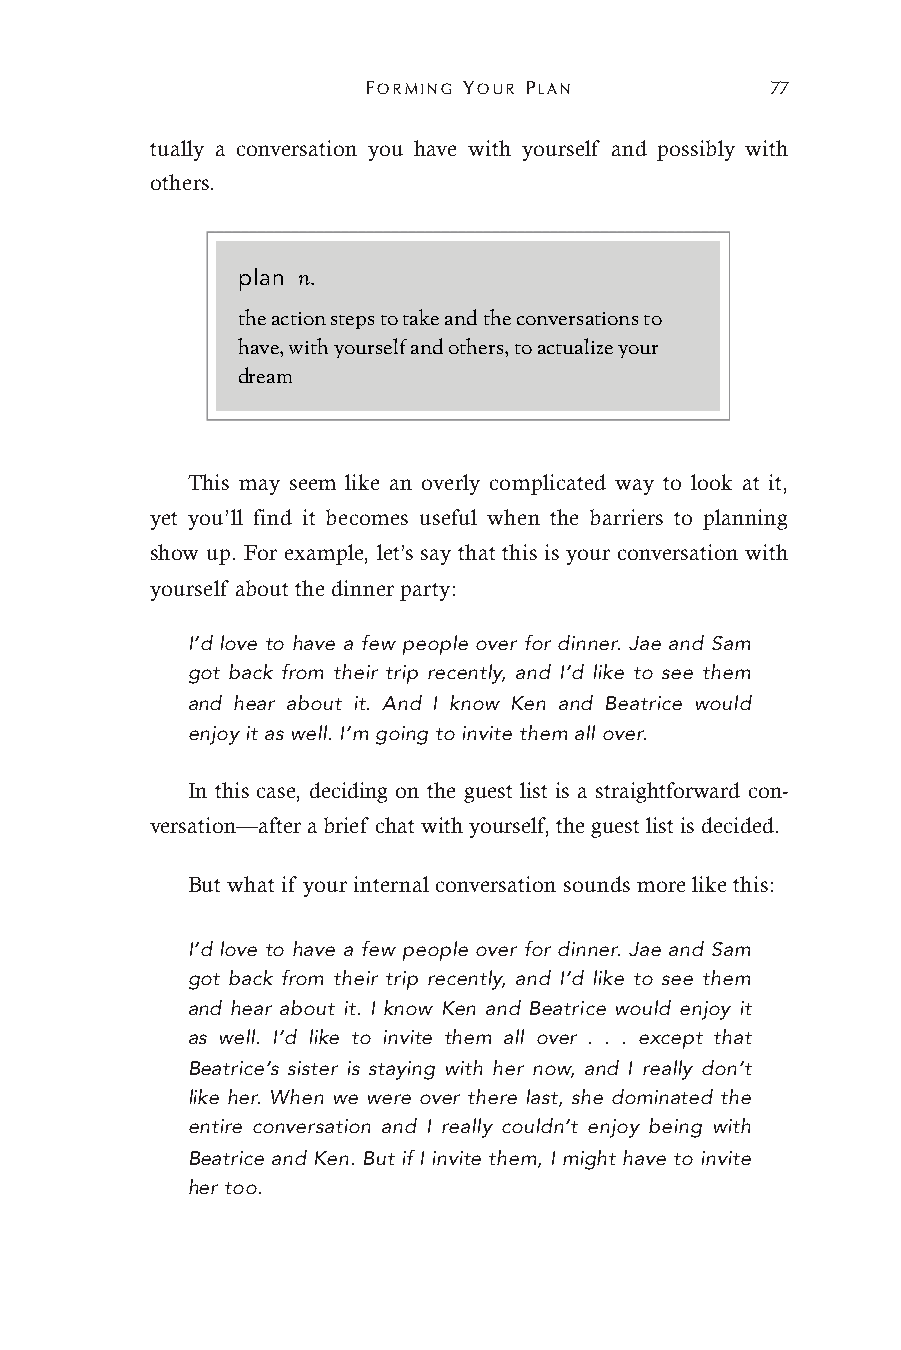
FORMING YOUR PLAN          77
 tually a conversation you have with yourself and possibly with
 others.
 plan n.
 the action steps to take and the conversations to
 have, with yourself and others, to actualize your
 dream
 This may seem like an overly complicated way to look at it,
 yet you’ll find it becomes useful when the barriers to planning
 show up. For example, let’s say that this is your conversation with
 yourself about the dinner party:
 I’d love to have a few people over for dinner. Jae and Sam
 got back from their trip recently, and I’d like to see them
 and hear about it. And I know Ken and Beatrice would
 enjoy it as well. I’m going to invite them all over.
 In this case, deciding on the guest list is a straightforward con-
 versation—after a brief chat with yourself, the guest list is decided.
 But what if your internal conversation sounds more like this:
 I’d love to have a few people over for dinner. Jae and Sam
 got back from their trip recently, and I’d like to see them
 and hear about it. I know Ken and Beatrice would enjoy it
 as well. I’d like to invite them all over . . . except that
 Beatrice’s sister is staying with her now, and I really don’t
 like her. When we were over there last, she dominated the
 entire conversation and I really couldn’t enjoy being with
 Beatrice and Ken. But if I invite them, I might have to invite
 her too.